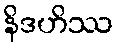
နိဒဟိဿ